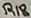
Text: R18